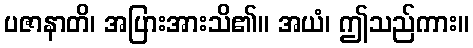
ပဇာနာတိ၊ အပြားအားသိ၏။ အယံ၊ ဤသည်ကား။